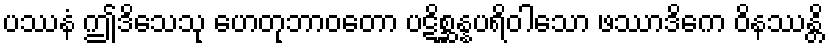
ပဿနံ ဤဒိသေသု ဟေတုဘာဝတော ပဋိစ္ဆန္နပရိဝါသော ဖဿာဒိကေ ဝိနဿန္တိ